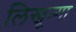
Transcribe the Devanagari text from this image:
लिखून्गा